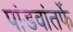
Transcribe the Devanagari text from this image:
पांडवांतर्फे